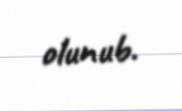
olunub.